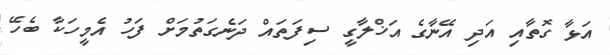
އަޅާ ގޮތާއި އަދި އޭނާގެ އަޚްލާގީ ސިފަތައް ދަނެގަތުމަށް ފަހު އެމީހަކާ ބެހޭ